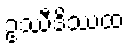
ဥဿီဒိဿထ